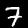
Label: 7